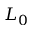
L _ { 0 }